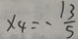
x _ { 4 } = - \frac { 1 3 } { 5 }